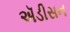
ઍડીસન